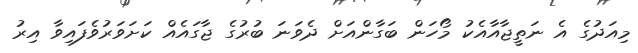
މިއަދުގެ އެ ނަތީޖާއާއެކު މޯހަން ބަގާންއަށް ދެވަނަ ބުރުގެ ޖާގައެއް ކަށަވަރުވެފައިވާ އިރު